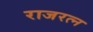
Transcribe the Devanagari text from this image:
राजरत्न